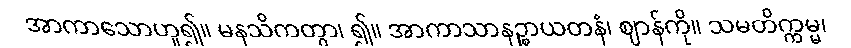
အာကာသောဟူ၍။ မနသိကတွာ၊ ၍။ အာကာသာနဉ္စာယတနံ၊ ဈာန်ကို။ သမတိက္ကမ္မ၊